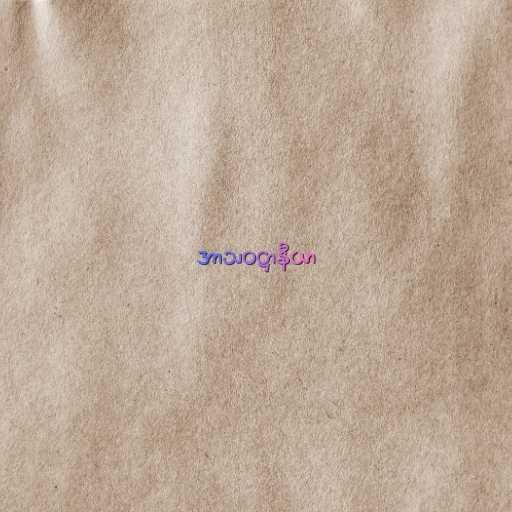
အာသဝဋ္ဌာနီယာ